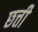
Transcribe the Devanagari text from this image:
छत्ती